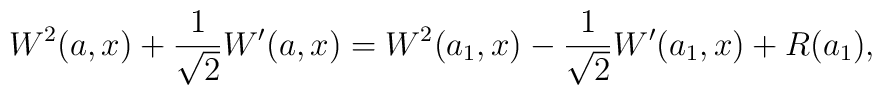
W^2(a,x) + \frac{1}{\sqrt{2}}W^{\prime}(a,x) = W^2(a_{1},x) -\frac{1}{\sqrt{2}}W^{\prime} (a_1,x) +R (a_1),